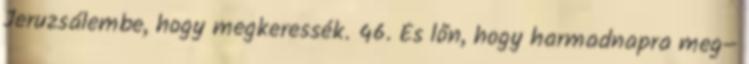
Jeruzsálembe, hogy megkeressék. 46. És lőn, hogy harmadnapra meg−